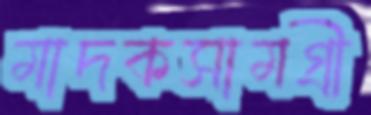
মাদকসামগ্রী